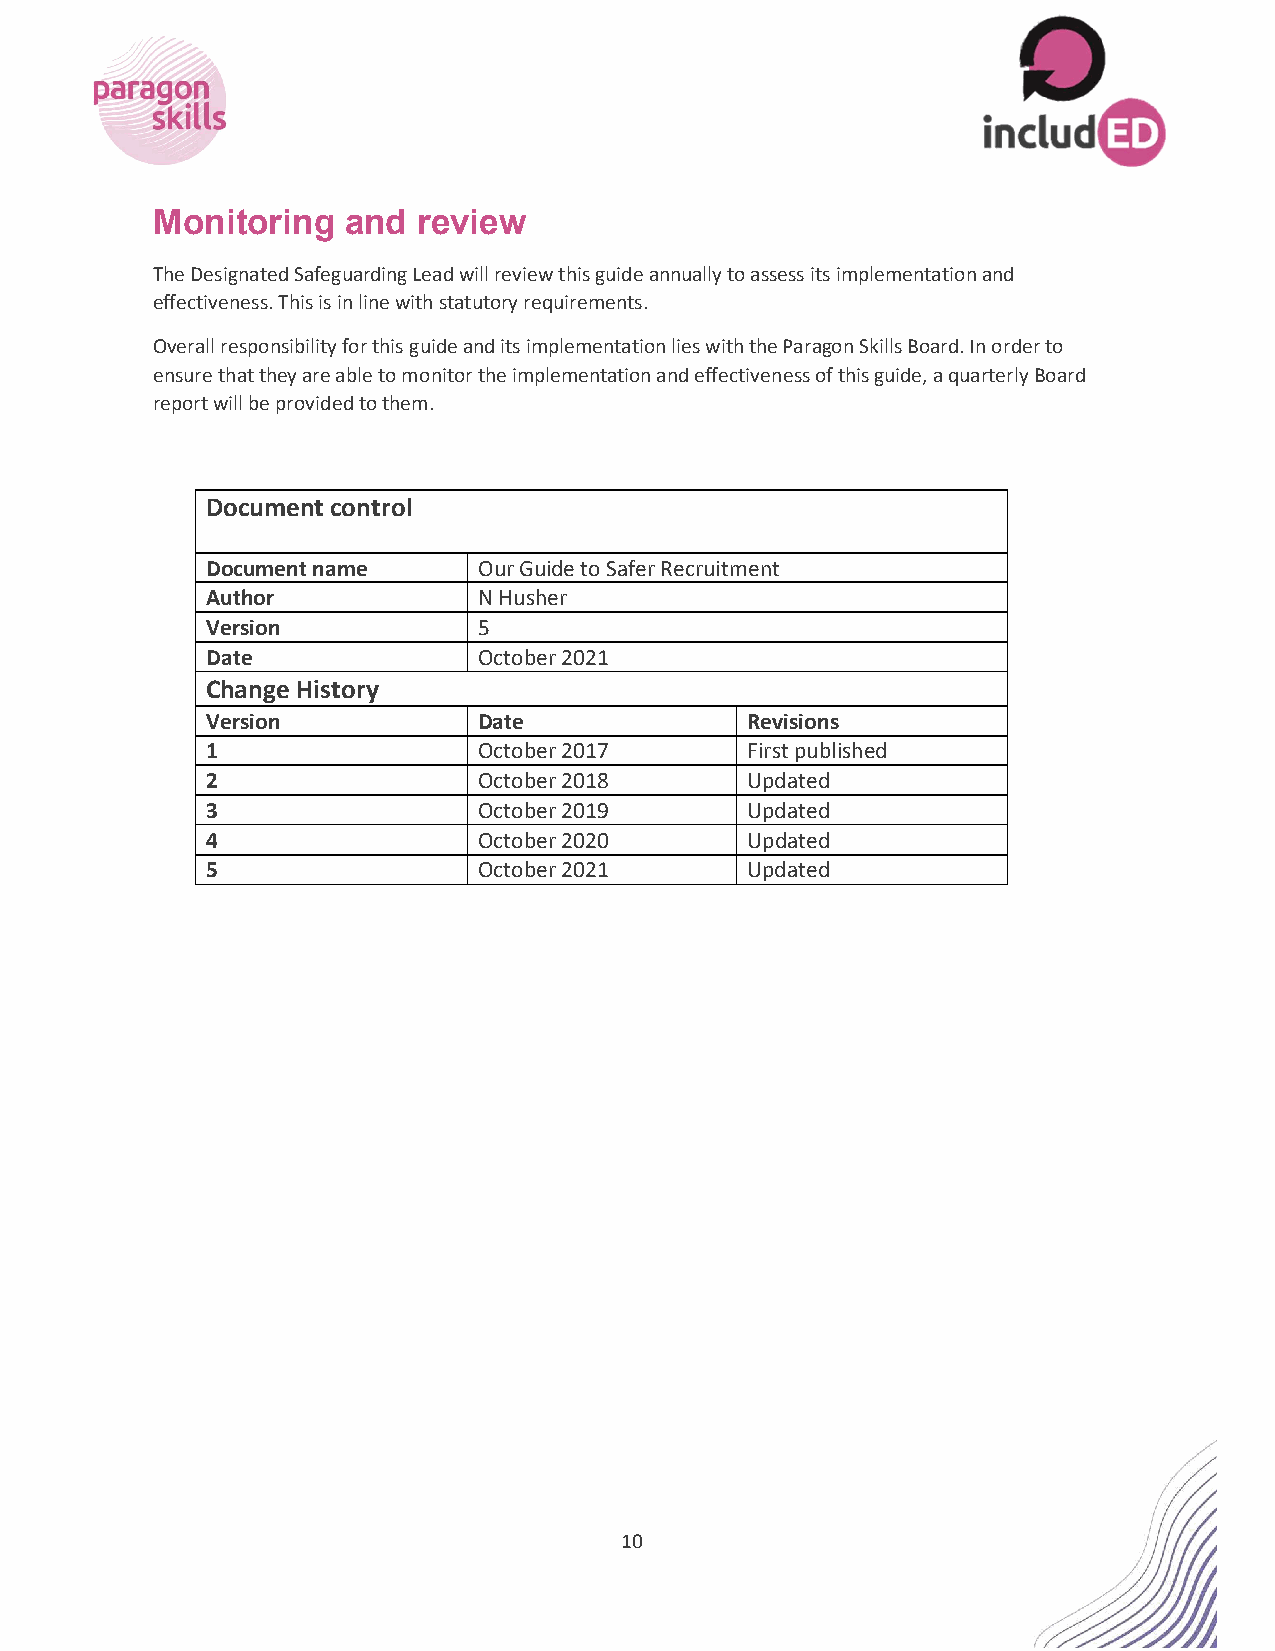
Monitoring   and  review
 The Designated Safeguarding Lead will review this guide annually to assess its implementation and
 effectiveness. This is in line with statutory requirements.
 Overall responsibility for this guide and its implementation lies with the Paragon Skills Board. In order to
 ensure that they are able to monitor the implementation and effectiveness of this guide, a quarterly Board
 report will be provided to them.
 Document control
 Document name     Our Guide to Safer Recruitment
 Author            N Husher
 Version           5
 Date              October 2021
 Change History
 Version           Date             Revisions
 1                 October 2017     First published
 2                 October 2018     Updated
 3                 October 2019     Updated
 4                 October 2020     Updated
 5                 October 2021     Updated
 10